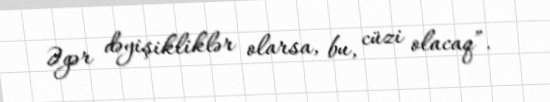
Əgər dəyişikliklər olarsa, bu, cüzi olacaq”.